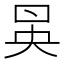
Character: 𠱵